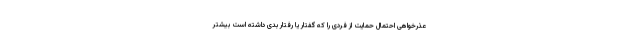
عذرخواهی احتمال حمایت از فردی را که گفتار یا رفتار بدی داشته است بیشتر